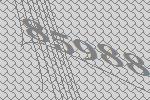
85988